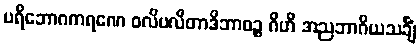
ပရိဘောဂကရဏေ ဝလိပလိတာဒိဘာဝဉ္စ ဂိဟိ အညဘာဂိယသင်္ချံ